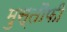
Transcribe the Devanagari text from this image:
मुस्तौफी